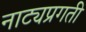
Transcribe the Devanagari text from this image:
नाट्यप्रगती